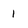
Character: 1